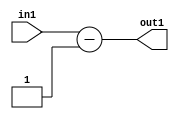
`timescale 1ps / 1ps
/*****************************************************************************
    Verilog RTL Description
    
    
    Created by: Stratus DpOpt 2019.1.01 
*******************************************************************************/

module st_feature_addr_gen_Subi1u16_4_2 (
	in1,
	out1
	); /* architecture "behavioural" */ 
input [15:0] in1;
output [16:0] out1;
wire [16:0] asc001;

assign asc001 = 
	+(in1)
	-(17'B00000000000000001);

assign out1 = asc001;
endmodule

/* CADENCE  ubH4Sw8= : u9/ySgnWtBlWxVPRXgAZ4Og= ** DO NOT EDIT THIS LINE ******/